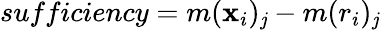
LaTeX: sufficiency=m({\mathbf{x}}_{i})_{\mathit{j}}-m({r}_{i})_{\mathit{j}}